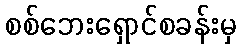
စစ်ဘေးရှောင်စခန်းမှ